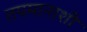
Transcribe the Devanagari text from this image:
तपमानाशी